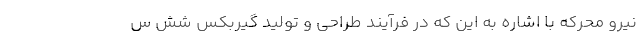
نیرو محرکه با اشاره به این که در فرآیند طراحی و تولید گیربکس شش س